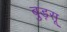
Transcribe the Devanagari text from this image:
बुड़सू